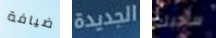
ضيافة الجديدة سأحبك